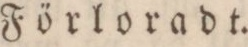
Förloradt.